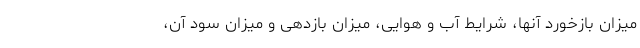
میزان بازخورد آنها، شرایط آب و هوایی، میزان بازدهی و میزان سود آن،